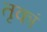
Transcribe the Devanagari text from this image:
तृकां